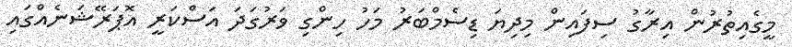
މީގެއިތުރުން އިރާގު ސިފައިން މިދިޔަ ޑިސެމްބަރު މަހު ހިންގި ވަރުގަދަ އަސްކަރީ އޮޕަރޭޝަނެއްގައި